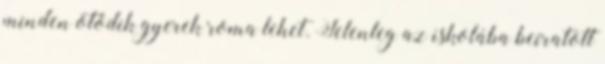
minden ötödik gyerek roma lehet. Jelenleg az iskolába beíratott